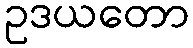
ဥဒယတော